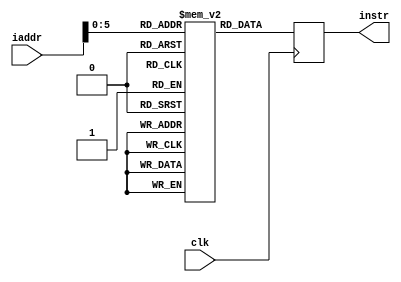
module icache(
    input clk,
    input [31:0] iaddr,
    output reg [31:0] instr);
    
    // Memory definition
  reg [31:0] icache [0:63];
    
    initial begin
      /// This has been hardcoded for initial tests
      /// Will be rectified once the process is automated
      
      icache[4] <= 32'b00000000001001011000010100010011;
      icache[8] <= 32'b00000000001101101000011000010011;
      icache[12] <= 32'b00000000010010000000011110010011;
      icache[16] <= 32'b0;
      icache[20] <= 32'b0;
      icache[24] <= 32'b00000000000101100000010101100111;
      icache[28] <= 32'b0;
      icache[32] <= 32'b0;
      icache[36] <= 32'b0;
      icache[40] <= 32'b00000000011001010010011010000011;
      icache[44] <= 32'b0;
      icache[48] <= 32'b0;
      icache[52] <= 32'b01000000110011100000011000110011;
      icache[56] <= 32'b0;
      icache[60] <= 32'b0;
      //icache[64] <= 32'b0;
      //icache[68] <= 32'b0;
      //icache[72] <= 32'b0;
    end
    
  always @ (posedge clk)
    begin
      instr <= icache[iaddr[5:0]];
    end

endmodule